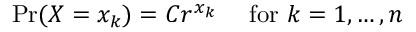
\Pr ( X = x _ { k } ) = C r ^ { x _ { k } } \quad { \mathrm { ~ f o r ~ } } k = 1 , \ldots , n